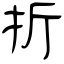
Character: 折